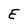
Character: E